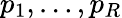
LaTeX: p_{1},\dots,p_{R}